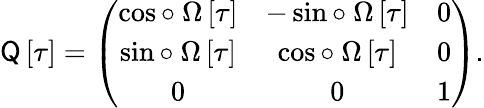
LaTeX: \sf Q\left[\tau\right]=\left(\begin{array}{ccc}{\cos\circ~\Omega\left[\tau\right]}&{-\sin\circ~\Omega\left[\tau\right]}&{0}\\ {\sin\circ~\Omega\left[\tau\right]}&{\cos\circ~\Omega\left[\tau\right]}&{0}\\ {0}&{0}&{1}\end{array}\right).